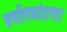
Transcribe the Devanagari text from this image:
वर्षातमांडता